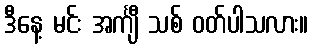
ဒီနေ့ မင်း အင်္ကျီ သစ် ဝတ်ပါသလား။